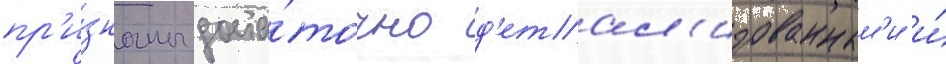
пр'и́знаны доста́точно д'етал'изованным'и и́